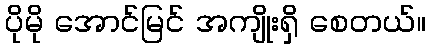
ပိုမို အောင်မြင် အကျိုးရှိ စေတယ်။